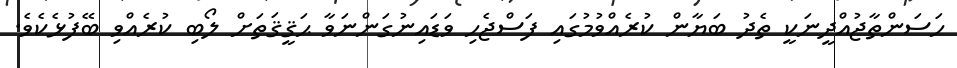
ހަސަންތާޖުއްދީނަކީ ތެދު ބަޔާން ކުރެއްވުމުގައި ފަސްޖެހި ވަޑައިނުގަންނަވާ ޙަޤީޤަތަށް ލޯބި ކުރެއްވި ބޭފުޅެކެވެ.